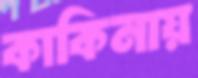
কাকিনায়